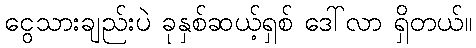
ငွေသားချည်းပဲ ခုနှစ်ဆယ့်ရှစ် ဒေါ်လာ ရှိတယ်။